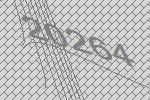
20264